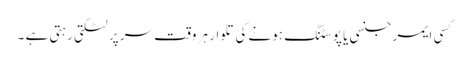
کسی ایمرجنسی یا پوسٹنگ ہونے کی تلوار ہر وقت سر پر لٹکتی رہتی ہے ۔